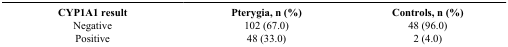
<table><thead><tr><td><b>CYP1A1 result</b></td><td><b>Pterygia, n (%)</b></td><td><b>Controls, n (%)</b></td></tr></thead><tbody><tr><td>Negative</td><td>102 (67.0)</td><td>48 (96.0)</td></tr><tr><td>Positive</td><td>48 (33.0)</td><td>2 (4.0)</td></tr></tbody></table>